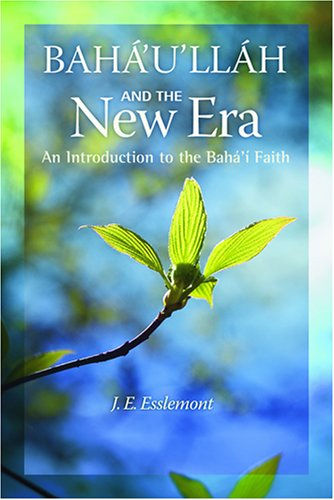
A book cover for Baha'u'llah And the New Era: An Introduction to the Baha'i Faith; J. E. Esslemont; Religion & Spirituality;